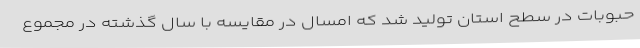
حبوبات در سطح استان تولید شد که امسال در مقایسه با سال گذشته در مجموع